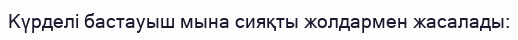
Күрделі бастауыш мына сияқты жолдармен жасалады: